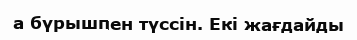
а бүрышпен түссін. Екі жағдайды